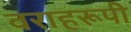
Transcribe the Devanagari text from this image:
वराहरूपी